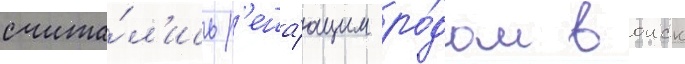
счита́л'ись р'еша́ющим ро́дом воиск